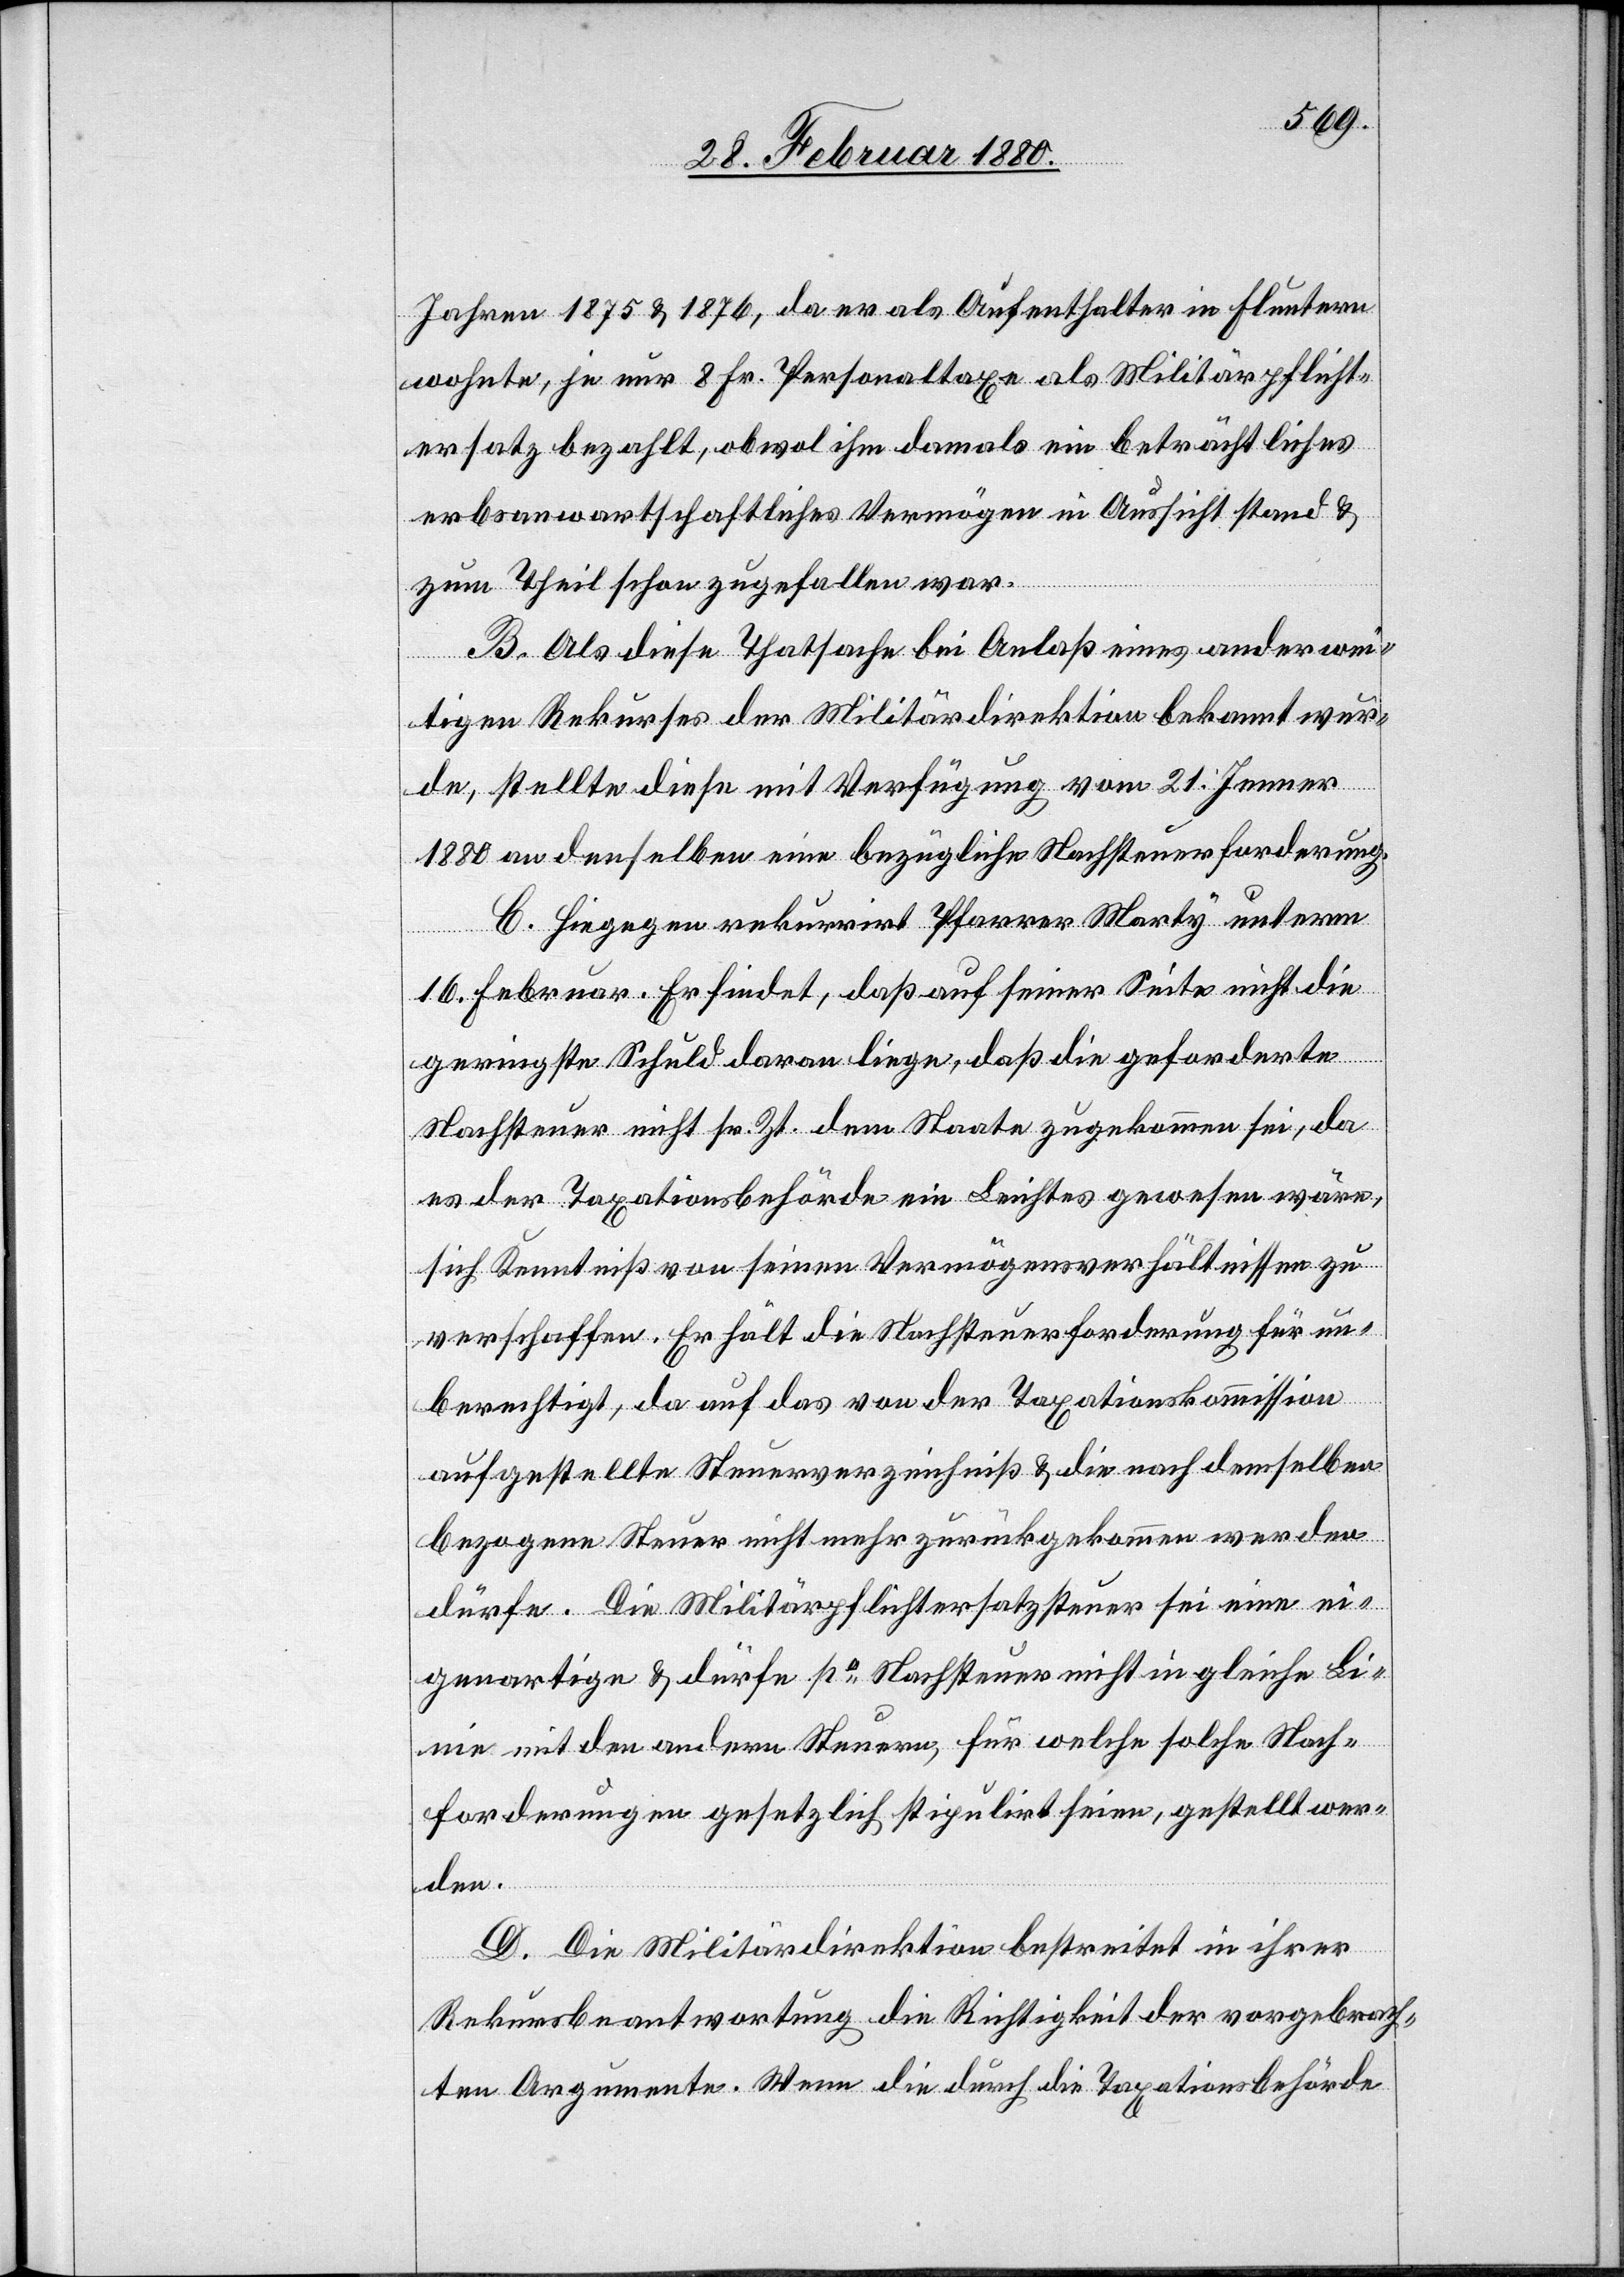
Jahren 1875 & 1876, da er als Aufenthalter in Fluntern
wohnte, je nur 8 Fr. Personaltaxe als Militärpflicht¬
ersatz bezahlt, obwol ihm damals ein beträchtliches
erbsanwartschaftliches Vermögen in Aussicht stand &
zum Theil schon zugefallen war.
B. Als diese Thatsache bei Anlaß eines anderwei¬
tigen Rekurses der Militärdirektion bekannt wur¬
de, stellte diese mit Verfügung vom 21. Jenner
1880 an denselben eine bezügliche Nachsteuerforderung.
C. Hiegegen rekurrirt Pfarrer Marty unterm
16. Februar. Er findet, daß auf seiner Seite nicht die
geringste Schuld daran liege, daß die geforderte
Nachsteuer nicht sr. Zt. dem Staate zugekommen sei, da
es der Taxationsbehörde ein Leichtes gewesen wäre,
sich Kenntniß von seinen Vermögensverhältnissen zu
verschaffen. Er hält die Nachsteuerforderung für un¬
berechtigt, da auf das von der Taxationskommission
aufgestellte Steuerverzeichnis & die nach demselben
bezogene Steuer nicht mehr zurückgekommen werden
dürfe. Die Militärpflichtersatzsteuer sei eine ei¬
genartige & dürfe po Nachtsteuer nicht in gleiche Li¬
nie mit den andern Steuern, für welche solche Nach¬
forderungen gesetzlich stipulirt seien, gestellt wer¬
den.
D. Die Militärdirektion bestreitet in ihrer
Rekursbeantwortung die Richtigkeit der vorgebrach¬
ten Argumente. Wenn die durch die Taxationsbehörde